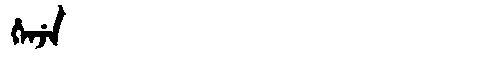
Manchu: ᡥᡝᠨᠵᡝ
Romanization: HENJE